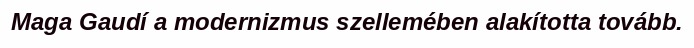
Maga Gaudí a modernizmus szellemében alakította tovább.